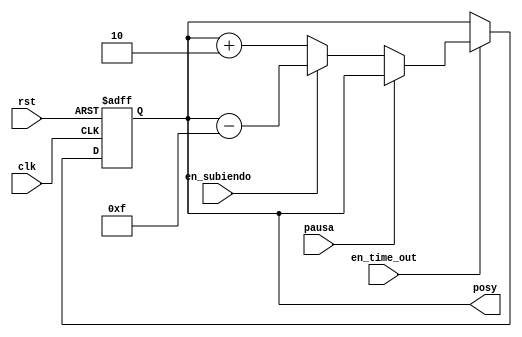
`timescale 1ns / 1ps
//////////////////////////////////////////////////////////////////////////////////
// Company: 
// Engineer: 
// 
// Design Name: 
// Module Name:    movimiento_pajarito 
// Project Name: 
// Target Devices: 
// Tool versions: 
// Description: 
//
// Dependencies: 
//
// Revision: 
// Revision 0.01 - File Created
// Additional Comments: 
//
//////////////////////////////////////////////////////////////////////////////////
module movimiento_pajarito(
	input clk,
	input rst,
	input en_subiendo,
	input en_time_out,
	input pausa,
	output reg [9:0]posy
    );

always@(posedge clk, negedge rst) begin
	if(~rst) 	posy <= 150;
	else if(en_time_out)begin 
		if(pausa) posy <= posy;
		else if(en_subiendo) posy <= posy - 15;
		else posy <= posy + 2;
	end
	
end

endmodule